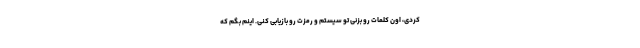
کردی، اون کلمات رو بزنی تو سیستم و رمزت رو بازیابی کنی. اینم بگم که